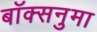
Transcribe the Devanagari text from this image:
बॉक्सनुमा